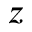
z